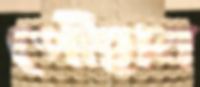
পৌঁছান